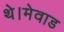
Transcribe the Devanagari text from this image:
थे।मेवाड